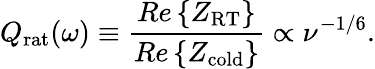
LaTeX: Q_{\mathrm{rat}}(\omega)\equiv\frac{Re\left\{ Z_{\mathrm{RT}}\right\} }{Re\left\{ Z_{\mathrm{cold}}\right\} }\propto\nu^{-1/6}.